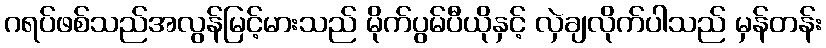
ဂရပ်ဖစ်သည်အလွန်မြင့်မားသည် မိုက်ပွမ်ပီယိုနှင့် လှဲချလိုက်ပါသည် မှန်တန်း